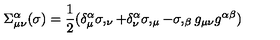
\Sigma _ { \mu \nu } ^ { \alpha } ( \sigma ) = \frac { 1 } { 2 } ( \delta _ { \mu } ^ { \alpha } \sigma , _ { \nu } + \delta _ { \nu } ^ { \alpha } \sigma , _ { \mu } - \sigma , _ { \beta } g _ { \mu \nu } g ^ { \alpha \beta } )